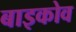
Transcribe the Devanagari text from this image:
बाइकोव